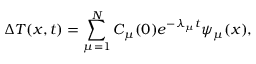
\Delta T ( x , t ) = \sum _ { \mu = 1 } ^ { N } C _ { \mu } ( 0 ) e ^ { - \lambda _ { \mu } t } \psi _ { \mu } ( x ) ,